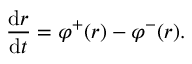
\frac { \mathrm { d } r } { \mathrm { d } t } = \varphi ^ { + } ( r ) - \varphi ^ { - } ( r ) .